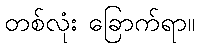
တစ်လုံး ခြောက်ရာ။